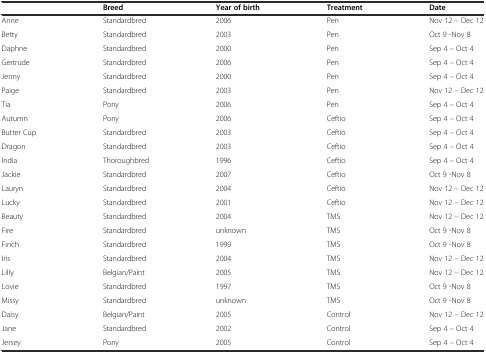
|  | Breed | Year of birth | Treatment | Date |
 | --- | --- | --- | --- | --- |
 | Anne | Standardbred | 2006 | Pen | Nov 12 – Dec 12 |
 | Betty | Standardbred | 2003 | Pen | Oct 9 -Nov 8 |
 | Daphne | Standardbred | 2000 | Pen | Sep 4 – Oct 4 |
 | Gertrude | Standardbred | 2006 | Pen | Sep 4 – Oct 4 |
 | Jenny | Standardbred | 2000 | Pen | Sep 4 – Oct 4 |
 | Paige | Standardbred | 2003 | Pen | Nov 12 – Dec 12 |
 | Tia | Pony | 2006 | Pen | Sep 4 – Oct 4 |
 | Autumn | Pony | 2006 | Ceftio | Sep 4 – Oct 4 |
 | Butter Cup | Standardbred | 2003 | Ceftio | Sep 4 – Oct 4 |
 | Dragon | Standardbred | 2003 | Ceftio | Sep 4 – Oct 4 |
 | India | Thoroughbred | 1996 | Ceftio | Sep 4 – Oct 4 |
 | Jackie | Standardbred | 2007 | Ceftio | Oct 9 -Nov 8 |
 | Lauryn | Standardbred | 2004 | Ceftio | Nov 12 – Dec 12 |
 | Lucky | Standardbred | 2001 | Ceftio | Nov 12 – Dec 12 |
 | Beauty | Standardbred | 2004 | TMS | Nov 12 – Dec 12 |
 | Fire | Standardbred | unknown | TMS | Oct 9 -Nov 8 |
 | Finch | Standardbred | 1999 | TMS | Oct 9 -Nov 8 |
 | Iris | Standardbred | 2004 | TMS | Nov 12 – Dec 12 |
 | Lilly | Belgian/Paint | 2005 | TMS | Nov 12 – Dec 12 |
 | Lovie | Standardbred | 1997 | TMS | Oct 9 -Nov 8 |
 | Missy | Standardbred | unknown | TMS | Oct 9 -Nov 8 |
 | Daisy | Belgian/Paint | 2005 | Control | Nov 12 – Dec 12 |
 | Jane | Standardbred | 2002 | Control | Sep 4 – Oct 4 |
 | Jersey | Pony | 2005 | Control | Sep 4 – Oct 4 |